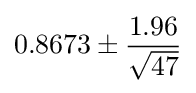
0.8673\pm {\frac {1.96}{\sqrt {47}}}